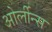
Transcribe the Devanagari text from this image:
ओर्लीन्स